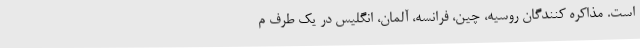
است. مذاکره کنندگان روسیه، چین، فرانسه، آلمان، انگلیس در یک طرف م